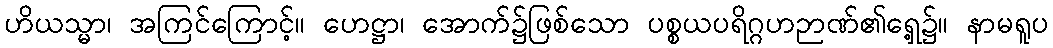
ဟိယသ္မာ၊ အကြင်ကြောင့်။ ဟေဋ္ဌာ၊ အောက်၌ဖြစ်သော ပစ္စယပရိဂ္ဂဟဉာဏ်၏ရှေ့၌။ နာမရူပ